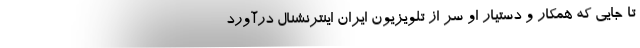
تا جایی که همکار و دستیار او سر از تلویزیون ایران اینترنشنال درآورد